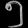
Digit: ၅